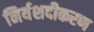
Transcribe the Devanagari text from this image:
निर्यशदीकरण